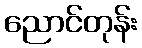
ညောင်တုန်း